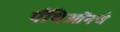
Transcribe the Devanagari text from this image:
पँथिऑनचे